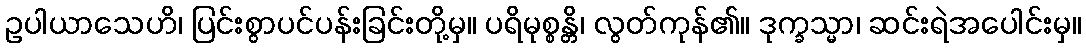
ဥပါယာသေဟိ၊ ပြင်းစွာပင်ပန်းခြင်းတို့မှ။ ပရိမုစ္စန္တိ၊ လွတ်ကုန်၏။ ဒုက္ခသ္မာ၊ ဆင်းရဲအပေါင်းမှ။